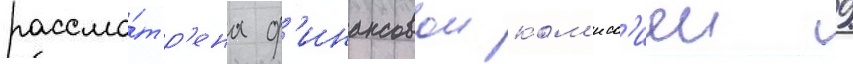
рассмо́тр'ена ф'инансовои ком'исс'иеи 9